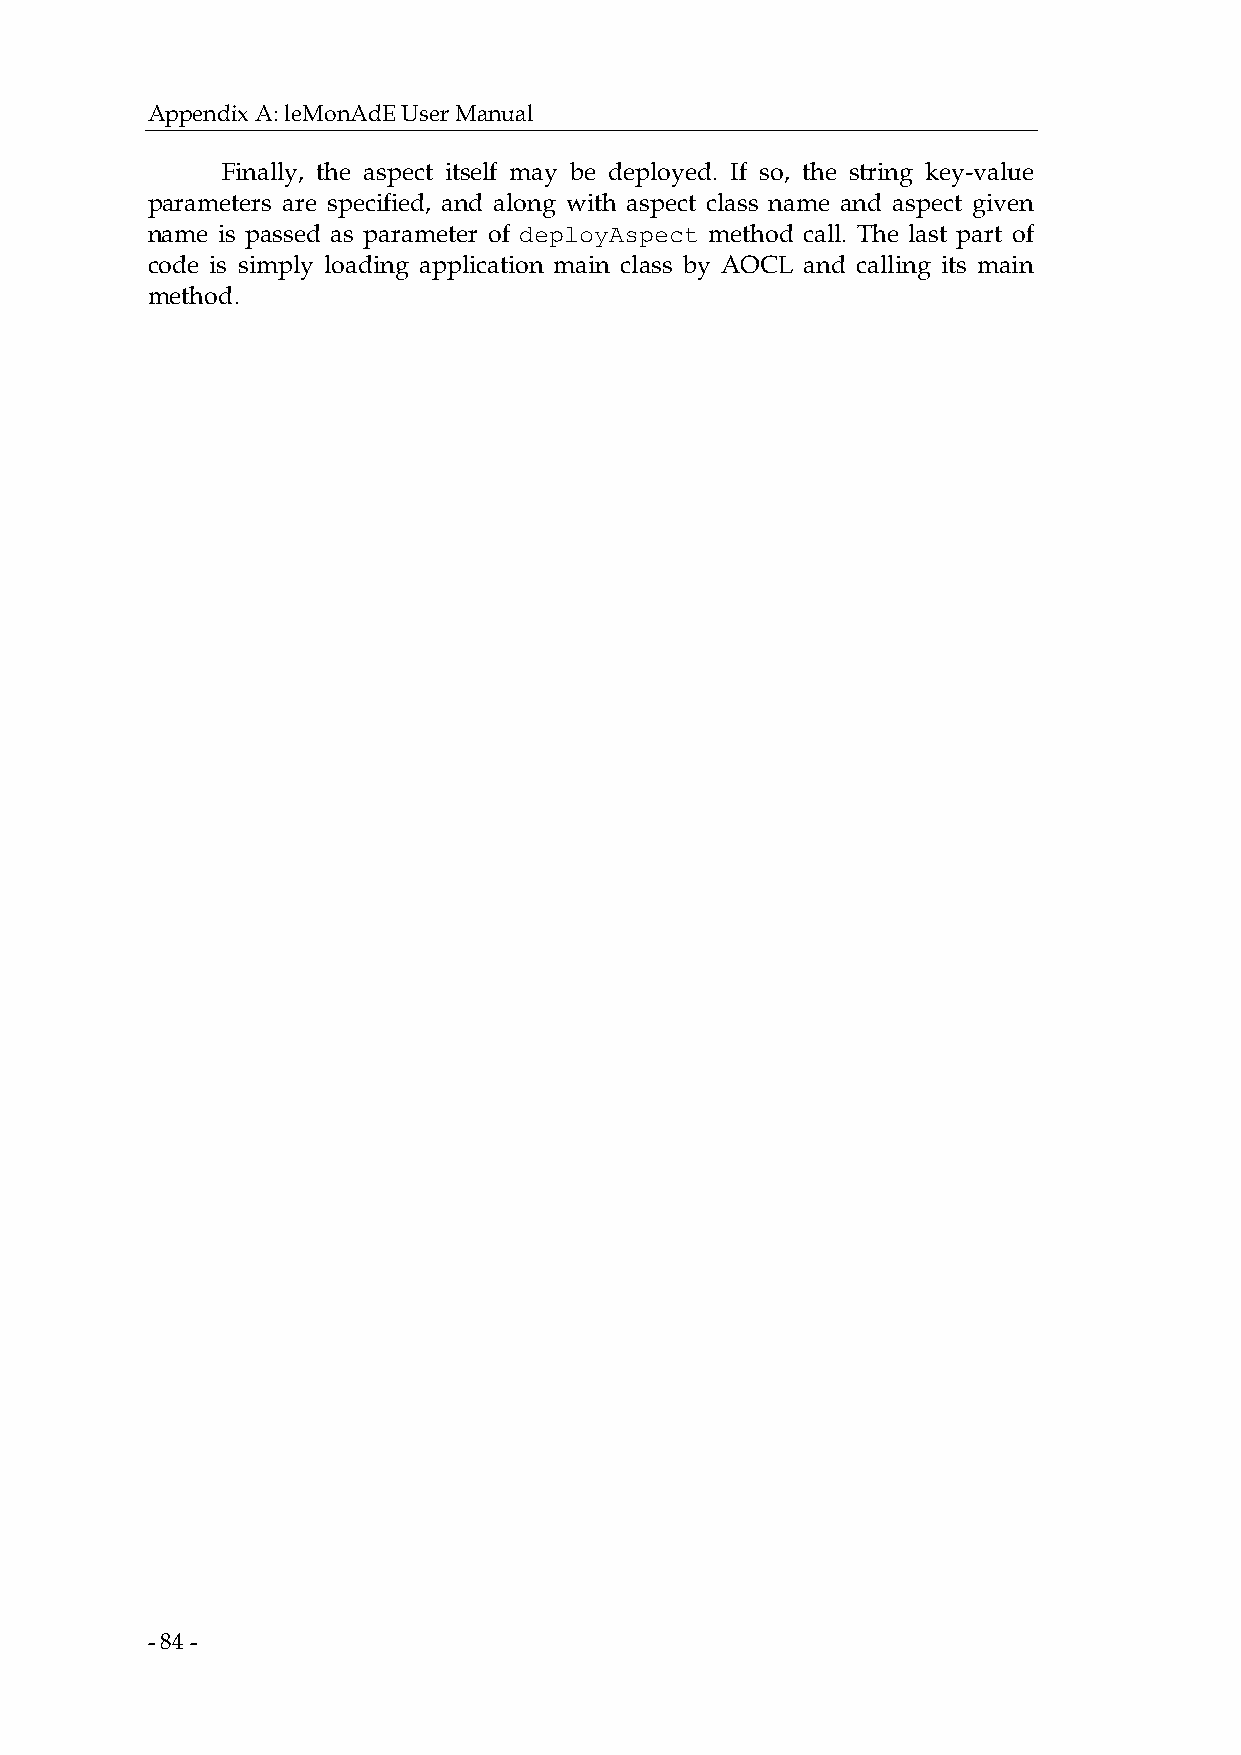
Appendix A: leMonAdE User Manual
 Finally, the aspect itself may be deployed. If so, the string key-value
 parameters are specified, and along with aspect class name and aspect given
 name is passed as parameter of deployAspect method call. The last part of
 code is simply loading application main class by AOCL and calling its main
 method.
 - 84 -